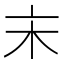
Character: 𠅅